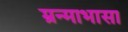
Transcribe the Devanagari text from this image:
म्रन्माभासा